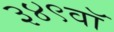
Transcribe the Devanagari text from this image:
३४९वॉ